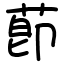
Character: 莭